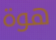
هوة